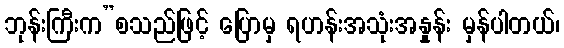
ဘုန်းကြီးက”စသည်ဖြင့် ပြောမှ ရဟန်းအသုံးအနှုန်း မှန်ပါတယ်၊